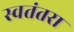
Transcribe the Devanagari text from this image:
स्वतंतरा